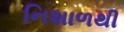
નિશાળથી